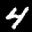
Label: 4